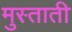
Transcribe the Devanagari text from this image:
मुस्ताती